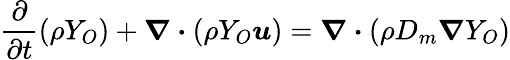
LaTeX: \frac{\partial}{\partial t}(\rho Y_{O})+\boldsymbol{\nabla\cdot}(\rho Y_{O}\boldsymbol{u})=\boldsymbol{\nabla\cdot}(\rho D_{m}\boldsymbol{\nabla}Y_{O})